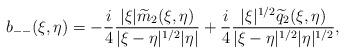
LaTeX: \begin{align*}b_{--}(\xi,\eta) & = - \frac{i}{4}\frac{|\xi| \widetilde{m}_2(\xi,\eta)}{|\xi-\eta|^{1/2} |\eta|} + \frac{i}{4}\frac{|\xi|^{1/2} \widetilde{q}_2(\xi,\eta)}{|\xi-\eta|^{1/2} |\eta|^{1/2}},\end{align*}